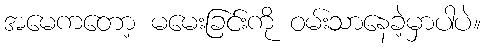
အမေကတော့ မမေးခြင်းကို ဝမ်းသာနေခဲ့မှာပါပဲ။